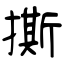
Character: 撕